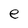
Character: e